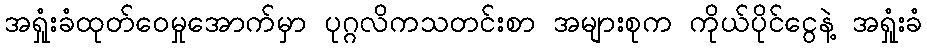
အရှုံးခံထုတ်ဝေမှုအောက်မှာ ပုဂ္ဂလိကသတင်းစာ အများစုက ကိုယ်ပိုင်ငွေနဲ့ အရှုံးခံ